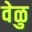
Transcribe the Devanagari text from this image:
वेळु